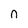
Character: n